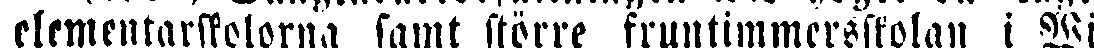
elementarskolorna samt större fruntimmersskolan i Wi